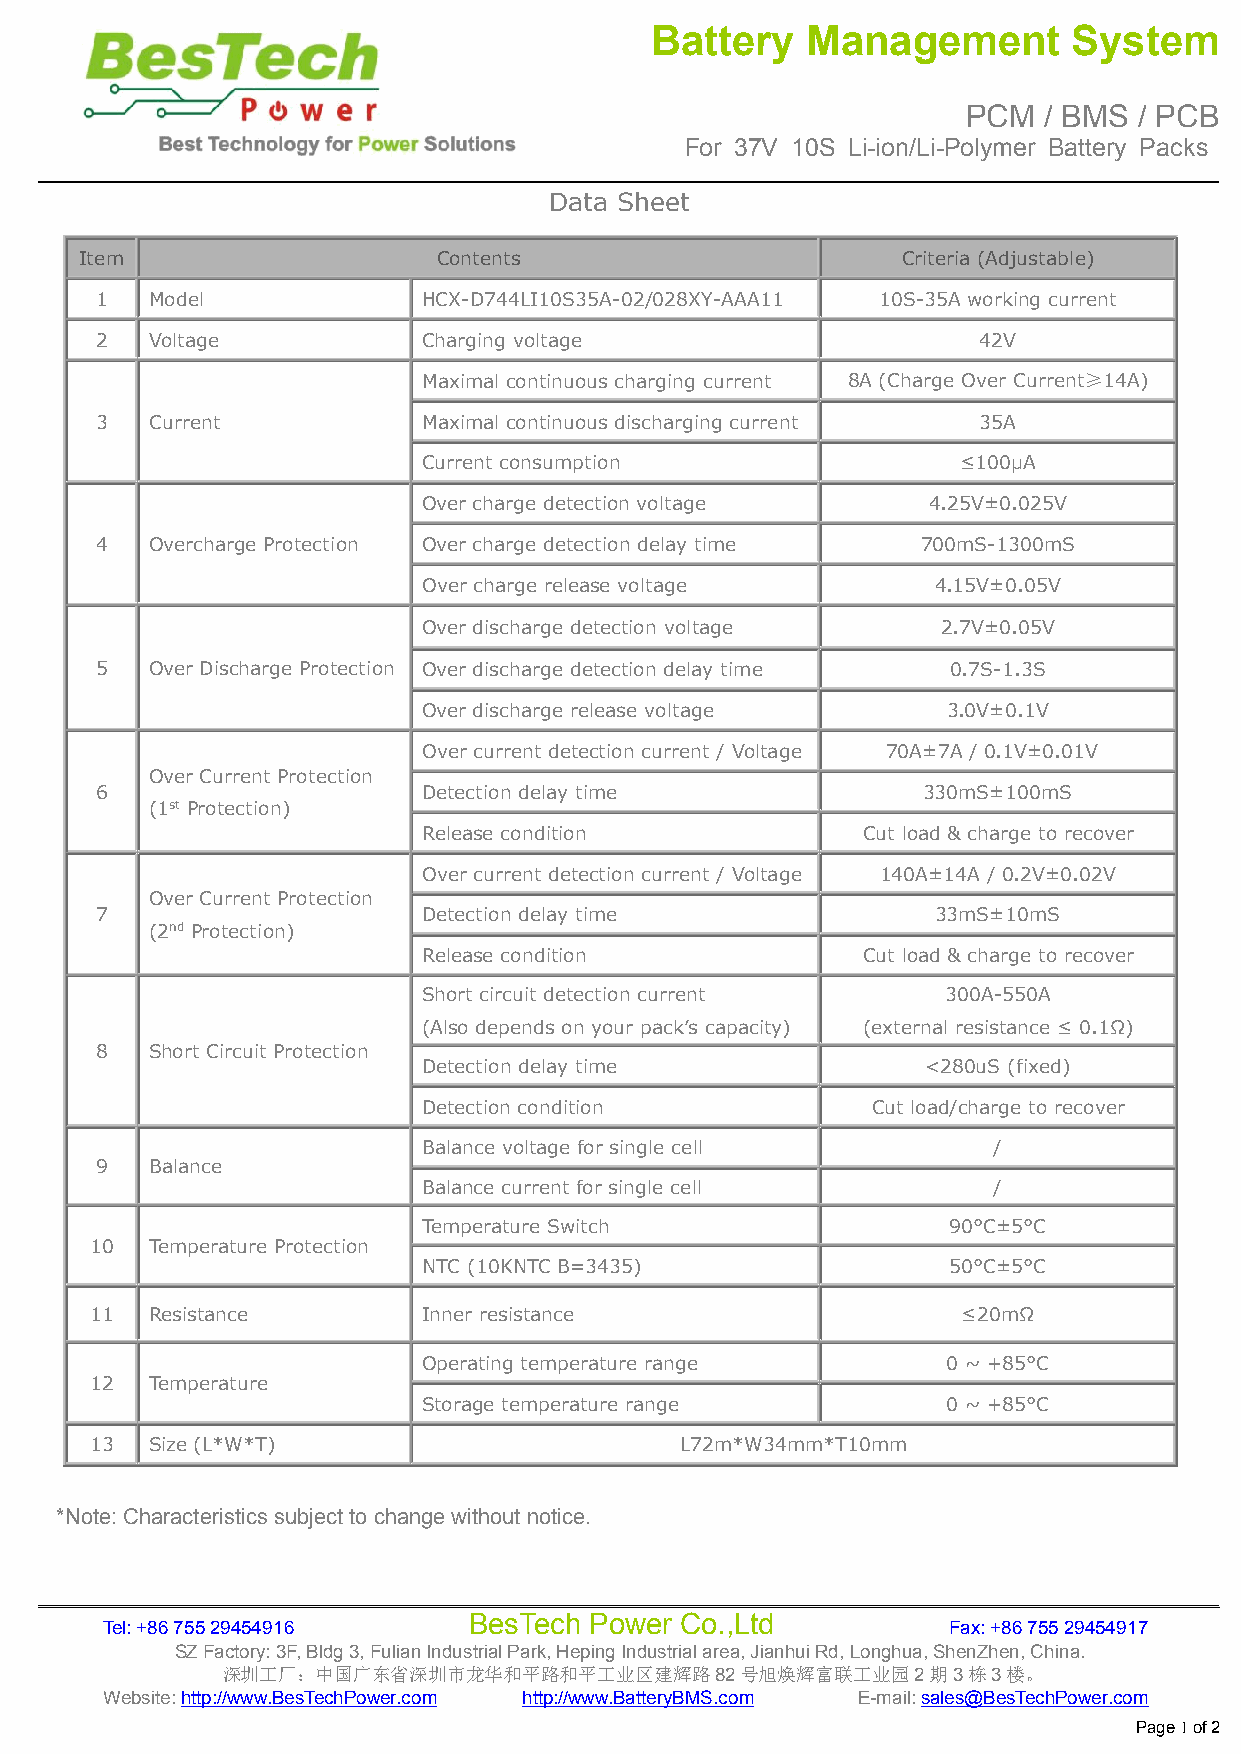
Battery   Management        System
 PCM  / BMS / PCB
 For 37V 10S Li-ion/Li-Polymer Battery Packs
 Data Sheet
 Item                    Contents                       Criteria (Adjustable)
 1   Model             HCX-D744LI10S35A-02/028XY-AAA11 10S-35A working current
 2   Voltage           Charging voltage                     42V
 Maximal continuous charging current 8A (Charge Over Current≥14A)
 3   Current           Maximal continuous discharging current 35A
 Current consumption                ≤100μA
 Over charge detection voltage    4.25V±0.025V
 4   Overcharge Protection Over charge detection delay time 700mS-1300mS
 Over charge release voltage       4.15V±0.05V
 Over discharge detection voltage  2.7V±0.05V
 5   Over Discharge Protection Over discharge detection delay time 0.7S-1.3S
 Over discharge release voltage     3.0V±0.1V
 Over current detection current / Voltage 70A±7A / 0.1V±0.01V
 Over Current Protection
 6                     Detection delay time             330mS±100mS
 (1st Protection)
 Release condition            Cut load & charge to recover
 Over current detection current / Voltage 140A±14A / 0.2V±0.02V
 Over Current Protection
 7                     Detection delay time              33mS±10mS
 (2nd Protection)
 Release condition            Cut load & charge to recover
 Short circuit detection current    300A-550A
 (Also depends on your pack’s capacity) (external resistance ≤ 0.1Ω)
 8   Short Circuit Protection
 Detection delay time             <280uS (fixed)
 Detection condition           Cut load/charge to recover
 Balance voltage for single cell       /
 9   Balance
 Balance current for single cell       /
 Temperature Switch                 90°C±5°C
 10  Temperature Protection
 NTC (10KNTCB=3435)                 50°C±5°C
 11  Resistance        Inner resistance                    ≤20mΩ
 Operating temperature range        0 ~ +85°C
 12  Temperature
 Storage temperature range          0 ~ +85°C
 13  Size (L*W*T)                       L72m*W34mm*T10mm
 *Note:Characteristics subjectto changewithout notice.
 BesTech Power Co.,Ltd
 Tel:+8675529454916                                      Fax:+8675529454917
 SZFactory:3F,Bldg3,FulianIndustrialPark,HepingIndustrialarea,JianhuiRd,Longhua,ShenZhen,China.
 深圳工厂：中国广东省深圳市龙华和平路和平工业区建辉路82号旭焕辉富联工业园2期3栋3楼。
 Website:http://www.BesTechPower.com http://www.BatteryBMS.com E-mail:sales@BesTechPower.com
 Page1of2